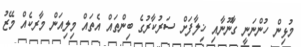
މުޅިން ހުންނަނީ ގާނޫނާއި ޚިލާފަށް ސަރުކާރުގެ ބިންތައް އެތައް މިލިއަން މާރކެއް މޭޒު